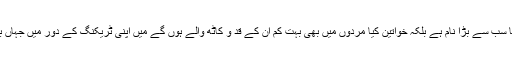
فرح محمود بلاشبہ پاکستان کی خواتین ٹریکنگ کا سب سے بڑا نام ہے بلکہ خواتین کیا مردوں میں بھی بہت کم ان کے قد و کاٹھ والے ہوں گے میں اپنی ٹریکنگ کے دور میں جہاں بھی گیا میں نے وہاں پہلے ہی فرح کا نام سنا ہے۔